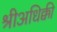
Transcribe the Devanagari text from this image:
श्रीअधिक्की